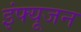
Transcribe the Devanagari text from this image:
इंफ्यूजन